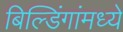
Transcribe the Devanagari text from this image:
बिल्डिंगांमध्ये